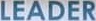
LEADER